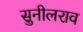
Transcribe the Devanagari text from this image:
सुनीलराव